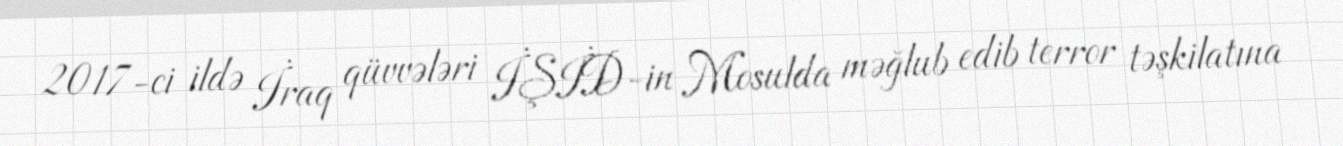
2017-ci ildə İraq qüvvələri İŞİD-in Mosulda məğlub edib terror təşkilatına